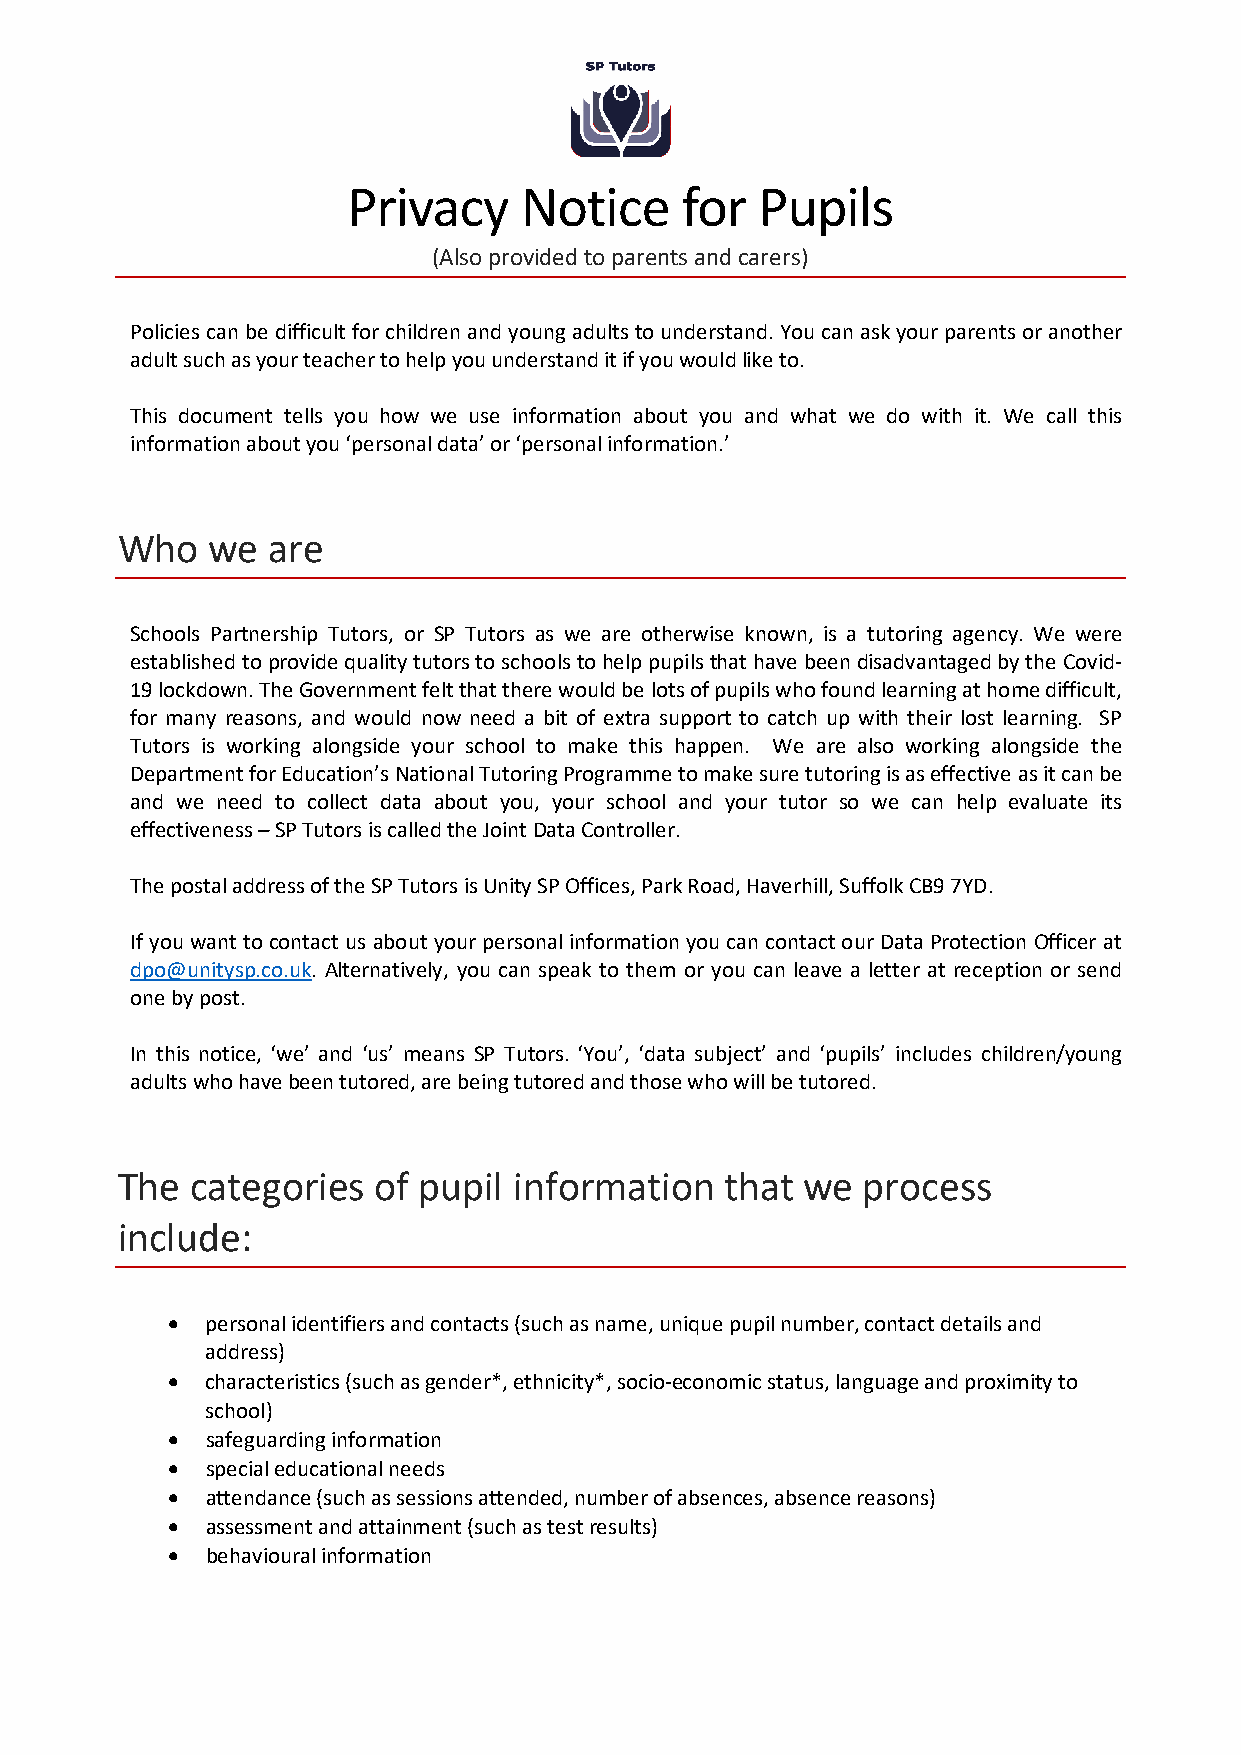
Privacy    Notice     for  Pupils
 (Also provided to parents and carers)
 Policies can be difficult for children and young adults to understand. You can ask your parents or another
 adult such as your teacher to help you understand it if you would like to.
 This document tells you how we use information about you and what we do with it. We call this
 information about you ‘personal data’ or ‘personal information.’
 Who   we  are
 Schools Partnership Tutors, or SP Tutors as we are otherwise known, is a tutoring agency. We were
 established to provide quality tutors to schools to help pupils that have been disadvantaged by the Covid-
 19 lockdown. The Government felt that there would be lots of pupils who found learning at home difficult,
 for many reasons, and would now need a bit of extra support to catch up with their lost learning. SP
 Tutors is working alongside your school to make this happen. We are also working alongside the
 Department for Education’s National Tutoring Programme to make sure tutoring is as effective as it can be
 and we need to collect data about you, your school and your tutor so we can help evaluate its
 effectiveness – SP Tutors is called the Joint Data Controller.
 The postal address of the SP Tutors is Unity SP Offices, Park Road, Haverhill, Suffolk CB9 7YD.
 If you want to contact us about your personal information you can contact our Data Protection Officer at
 dpo@unitysp.co.uk. Alternatively, you can speak to them or you can leave a letter at reception or send
 one by post.
 In this notice, ‘we’ and ‘us’ means SP Tutors. ‘You’, ‘data subject’ and ‘pupils’ includes children/young
 adults who have been tutored, are being tutored and those who will be tutored.
 The  categories  of pupil information   that we  process
 include:
 •  personal identifiers and contacts (such as name, unique pupil number, contact details and
 address)
 •  characteristics (such as gender*, ethnicity*, socio-economic status, language and proximity to
 school)
 •  safeguarding information
 •  special educational needs
 •  attendance (such as sessions attended, number of absences, absence reasons)
 •  assessment and attainment (such as test results)
 •  behavioural information